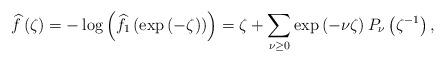
LaTeX: \begin{align*}\widehat{f}\left(\zeta\right)=-\log\left(\widehat{f}_{1}\left(\exp\left(-\zeta\right)\right)\right)=\zeta+\sum_{\nu\ge0}\exp\left(-\nu\zeta\right)P_{\nu}\left(\zeta^{-1}\right),\end{align*}